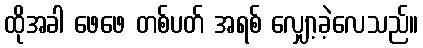
ထိုအခါ ဖေဖေ တစ်ပတ် အရစ် လျှော့ခဲ့လေသည်။